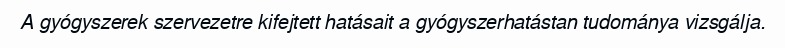
A gyógyszerek szervezetre kifejtett hatásait a gyógyszerhatástan tudománya vizsgálja.